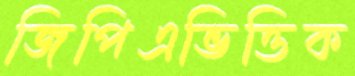
জিপিএভিত্তিক